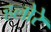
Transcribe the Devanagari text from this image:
हलोरे